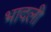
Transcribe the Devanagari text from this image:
भादली